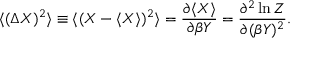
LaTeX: \langle ( \Delta X ) ^ { 2 } \rangle \equiv \langle ( X - \langle X \rangle ) ^ { 2 } \rangle = { \frac { \partial \langle X \rangle } { \partial \beta Y } } = { \frac { \partial ^ { 2 } \ln Z } { \partial ( \beta Y ) ^ { 2 } } } .